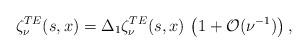
LaTeX: \begin{align*} \zeta_{\nu}^{TE}(s,x) = \Delta_1 \zeta_{\nu}^{TE}(s,x) \, \left(1+ {\cal O}(\nu^{-1}) \right),\end{align*}